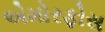
એમોરફોસ